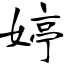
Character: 婷